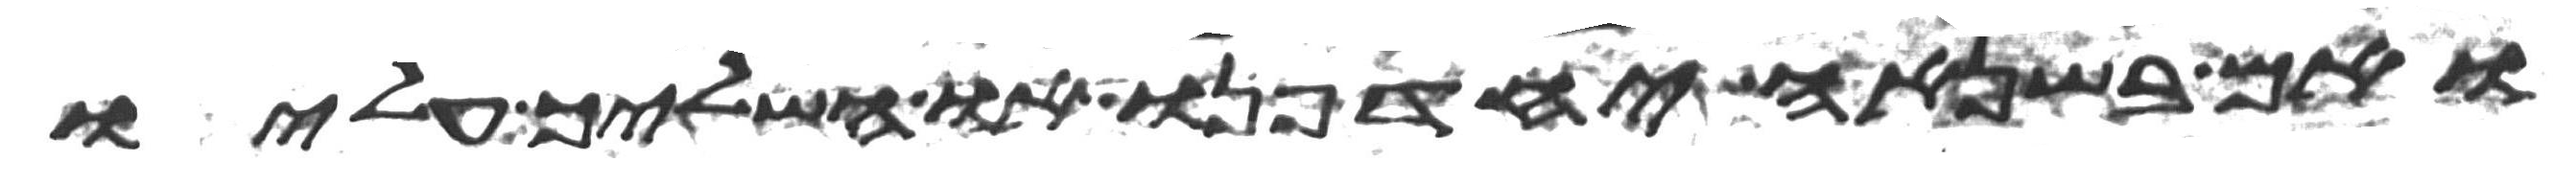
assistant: ואם בשנאה יחדיפנו או השליך עליו